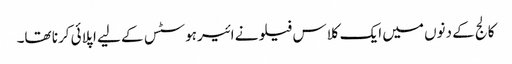
کالج کے دنوں میں ایک کلاس فیلو نے ائیرہوسٹس کے لیے اپلائی کرنا تھا۔